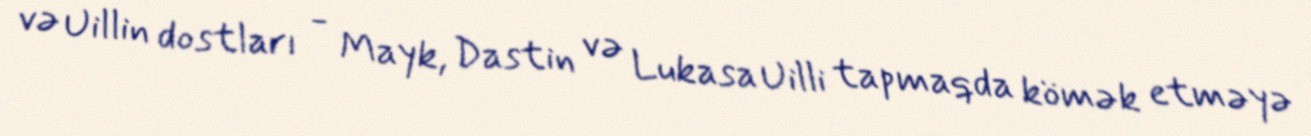
və Uillin dostları - Mayk, Dastin və Lukasa Uilli tapmaqda kömək etməyə